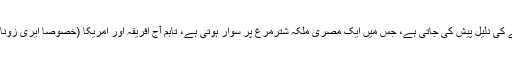
اس کھیل کی قدامت کے حوالے سے اس مجسمے کی دلیل پیش کی جاتی ہے، جس میں ایک مصری ملکہ شترمرغ پر سوار ہوتی ہے، تاہم آج افریقہ اور امریکا (خصوصاً ایری زونا اور فلوریڈا) میں تو یہ کھیل عام ہوتا جا رہا ہے۔